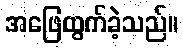
အဖြေထွက်ခဲ့သည်။